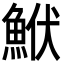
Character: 鮲